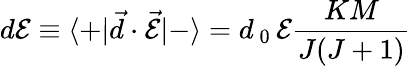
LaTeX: d\mathcal{E}\equiv\langle+|\vec{d}\cdot\vec{\mathcal{E}}|-\rangle=d_{\mathrm{~0~}}\mathcal{E}\frac{KM}{J(J+1)}